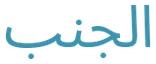
الجنب